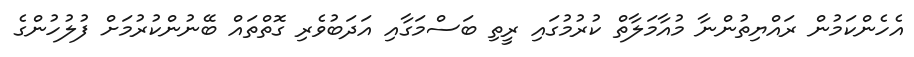
އެހެންކަމުން ރައްޔިތުންނާ މުއާމަލާތް ކުރުމުގައި ރީތި ބަސްމަގާއި އަދަބުވެރި ގޮތްތައް ބޭނުންކުރުމަށް ފުލުހުންގެ